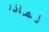
لماذا